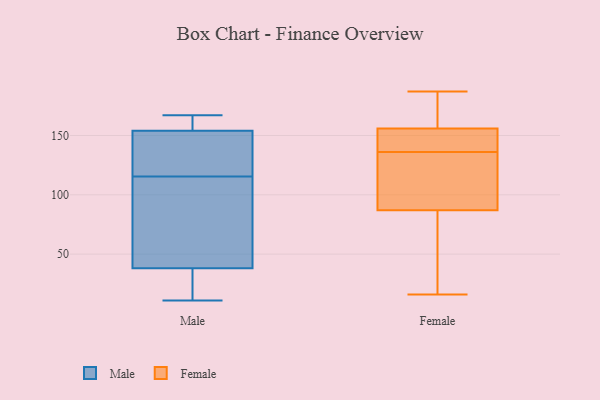
{"axis": {"x": "LTV (USD)", "y": "Value"}, "legend": ["Female", "Male"], "data": [{"x": "", "y": 162, "type": "Male"}, {"x": "", "y": 108, "type": "Male"}, {"x": "", "y": 154, "type": "Male"}, {"x": "", "y": 37, "type": "Male"}, {"x": "", "y": 38, "type": "Male"}, {"x": "", "y": 162, "type": "Male"}, {"x": "", "y": 167, "type": "Male"}, {"x": "", "y": 123, "type": "Male"}, {"x": "", "y": 55, "type": "Male"}, {"x": "", "y": 125, "type": "Male"}, {"x": "", "y": 11, "type": "Male"}, {"x": "", "y": 23, "type": "Male"}, {"x": "", "y": 91, "type": "Male"}, {"x": "", "y": 127, "type": "Male"}, {"x": "", "y": 187, "type": "Female"}, {"x": "", "y": 136, "type": "Female"}, {"x": "", "y": 157, "type": "Female"}, {"x": "", "y": 113, "type": "Female"}, {"x": "", "y": 16, "type": "Female"}, {"x": "", "y": 153, "type": "Female"}, {"x": "", "y": 139, "type": "Female"}, {"x": "", "y": 51, "type": "Female"}, {"x": "", "y": 163, "type": "Female"}, {"x": "", "y": 86, "type": "Female"}, {"x": "", "y": 90, "type": "Female"}]}